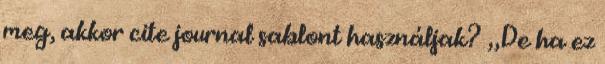
meg, akkor cite journal sablont használjak? „De ha ez